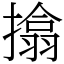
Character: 㩉